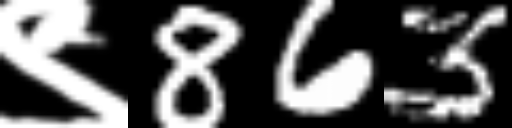
Text: ९863